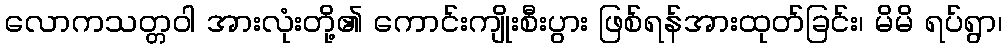
လောကသတ္တဝါ အားလုံးတို့၏ ကောင်းကျိုးစီးပွား ဖြစ်ရန်အားထုတ်ခြင်း၊ မိမိ ရပ်ရွာ၊